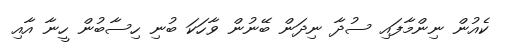
ކެއުން ނިންމާފައި ސުދާ ނިދަން ބޭނުން ވާހަކަ ބުނި ހިސާބުން ހީނާ އާއި